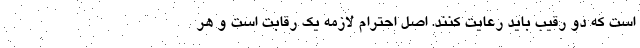
است که دو رقیب باید رعایت کنند. اصل احترام لازمه یک رقابت است و هر